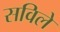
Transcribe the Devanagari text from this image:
सविले